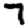
Digit: 7